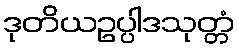
ဒုတိယဥပ္ပါဒသုတ္တံ